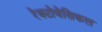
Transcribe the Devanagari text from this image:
रेक्टोवेसिकल